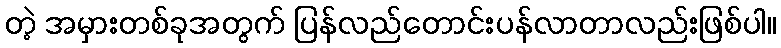
တဲ့ အမှားတစ်ခုအတွက် ပြန်လည်တောင်းပန်လာတာလည်းဖြစ်ပါ။